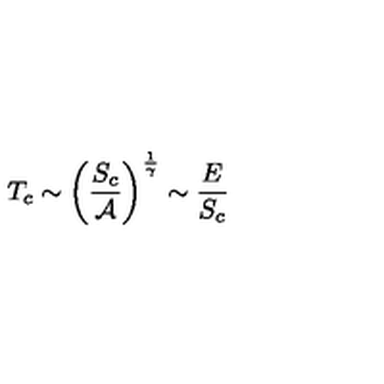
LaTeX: T _ { c } \sim \left( \frac { S _ { c } } { { \cal A } } \right) ^ { \frac { 1 } { \gamma } } \sim \frac { E } { S _ { c } }